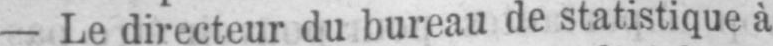
- Le directeur du bureau de statistique à